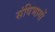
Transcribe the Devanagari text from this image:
संविभागों